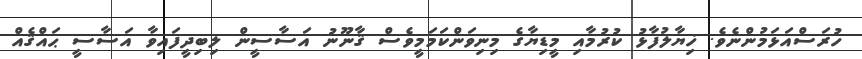
ހުރަސްއަޅަމުންނެވެ. ޚިޔާލުފާޅު ކުރުމާއި މީޑިޔާގެ މިނިވަންކަމަމީވެސް ޤާނޫނު އަސާސީން ލިބިދީފައިވާ އަސާސީ ޙައްޤެއް